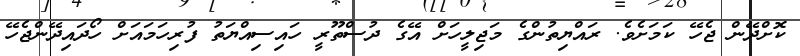
ކޮށްދޭން ޖެހޭ ކަމަށެވެ. ރައްޔިތުންގެ މަޖިލީހަށް އޭގެ ދުސްތޫރީ ހައިސިއްޔަތު ފުރިހަމައަށް ހޯދައިދޭންޖެހޭ